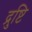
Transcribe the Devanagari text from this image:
द्रुष्टि